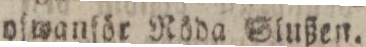
oſwanför Nöda Slußen.